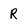
Character: R